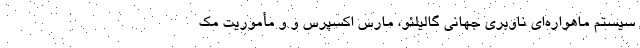
سیستم ماهواره‌ای ناوبری جهانی گالیلئو، مارس اکسپرس و و مأموریت مک